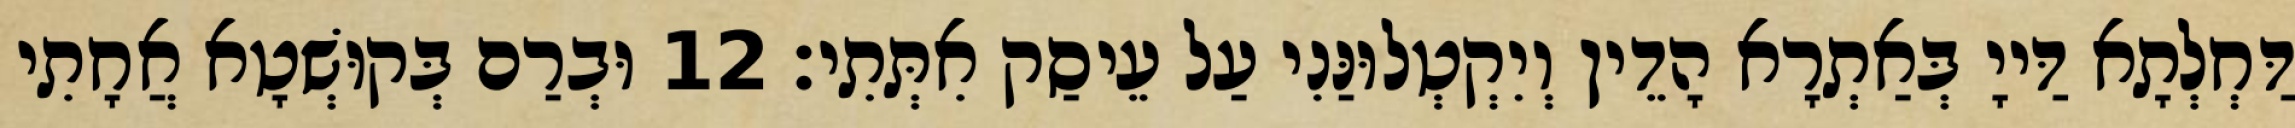
דַּחְלְתָא דַּייָ בְּאַתְרָא הָדֵין וְיִקְטְלוּנַּנִי עַל עֵיסַק אִתְּתִי׃ 12 וּבְרַם בְּקוּשְׁטָא אֲחָתִי